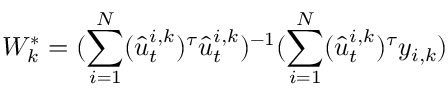
{ W } _ { k } ^ { * } = ( \sum _ { i = 1 } ^ { N } ( \hat { u } _ { t } ^ { i , k } ) ^ { \tau } \hat { u } _ { t } ^ { i , k } ) ^ { - 1 } ( { \sum _ { i = 1 } ^ { N } ( \hat { u } _ { t } ^ { i , k } ) ^ { \tau } { y } _ { i , k } } )